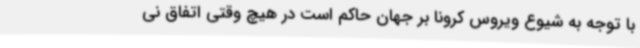
با توجه به شیوع ویروس کرونا بر جهان حاکم است در هیچ وقتی اتفاق نی